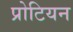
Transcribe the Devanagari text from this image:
प्रोटियन